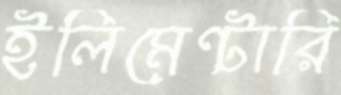
ইলিমেন্টারি